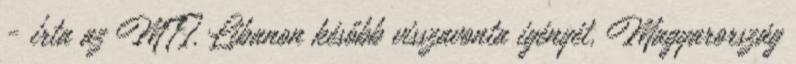
- írta az MTI. Libanon később visszavonta igényét, Magyarország